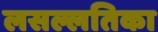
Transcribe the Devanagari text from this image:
लसल्लतिका